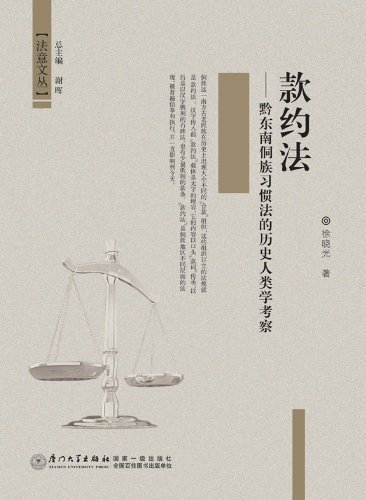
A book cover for Constitution of ""Kuan Yue"" history and Anthropology Research on Dong nationality customary law (Chinese Edition); xu xiao guang; Law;